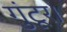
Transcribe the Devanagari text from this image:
गुंटूर।